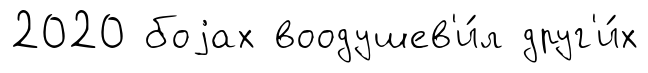
2020 боjах воодушев'и́л друг'и́х